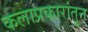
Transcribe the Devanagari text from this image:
कलाप्रकारांतून